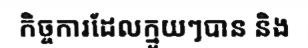
កិច្ចការដែលក្មួយៗបាន និង